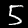
Digit: 5